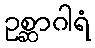
ဥစ္ဆာဂါရံ